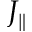
J _ { \parallel }